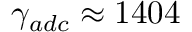
\gamma _ { a d c } \approx 1 4 0 4